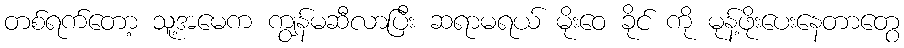
တစ်ရက်တော့ သူ့အမေက ကျွန်မဆီလာပြီး ဆရာမရယ် မိုးဝေ ခိုင် ကို မုန့်ဖိုးပေးနေတာတွေ